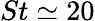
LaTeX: St\simeq 20